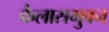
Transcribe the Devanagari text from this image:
कैलासभुवन